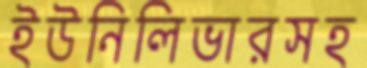
ইউনিলিভারসহ